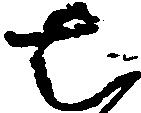
七